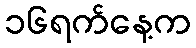
၁၆ရက်နေ့က